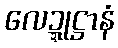
လေဍ္ဍုဋ္ဌာနံ